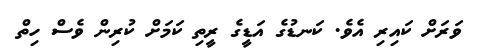
ވަރަށް ކައިރި އެވެ. ކަނޑުގެ އަޑީގެ ރީތި ކަމަށް ކުރިން ވެސް ހިތް